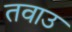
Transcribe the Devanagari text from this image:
तवाउ